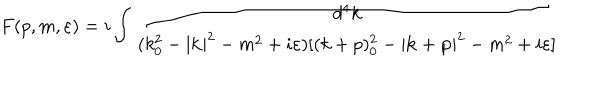
F ( p , m , \varepsilon ) = i \int \frac { d ^ { 4 } k } { ( k _ { 0 } ^ { 2 } - | \mathbf { k } | ^ { 2 } - m ^ { 2 } + i \varepsilon ) [ ( k + p ) _ { 0 } ^ { 2 } - | \mathbf { k } + \mathbf { p } | ^ { 2 } - m ^ { 2 } + i \varepsilon ] }